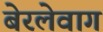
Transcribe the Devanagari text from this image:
बेरलेवाग